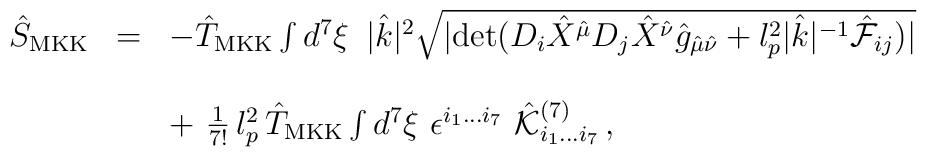
\begin{array}{rcl}{\hat S}_{{\rm MKK}} &=&-{\hat T}_{{\rm MKK}}  \int d^7 \xi \,\,\,|{\hat k}|^2 \sqrt{|{\rm det}(D_i {\hat X}^{{\hat \mu}} D_j {\hat X}^{{\hat \nu}} {\hat g}_{{\hat \mu}{\hat \nu}}+ l_p^2|{\hat k}|^{-1} {\hat {\cal F}_{ij}})|} \\& & \\& &+ \,\, {1  \over 7!}\, l_p^2 \, {\hat T}_{{\rm MKK}} \int  d^7 \xi \,\, \epsilon^{i_1 \dots i_7}\,\, {\hat {\cal K}}^{(7)}_{i_1 \dots i_7} \, , \\\end{array}